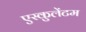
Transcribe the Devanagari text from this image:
एस्कुलेंटम